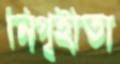
নিগৃহীতা